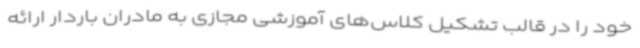
خود را در قالب تشکیل کلاس‌های آموزشی مجازی به مادران باردار ارائه